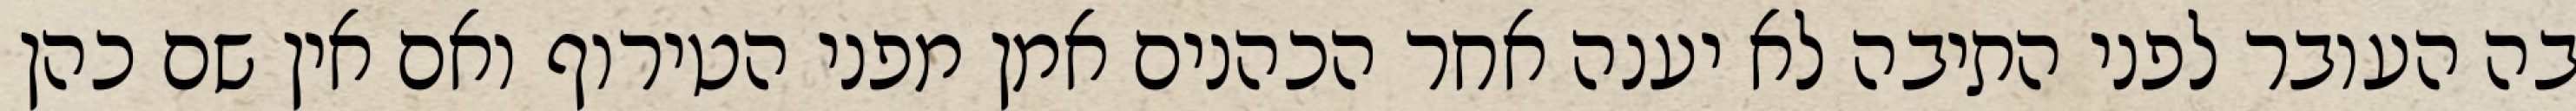
בה העובר לפני התיבה לא יענה אחר הכהנים אמן מפני הטירוף ואם אין שם כהן